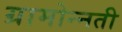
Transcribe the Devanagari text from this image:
ग्रामोन्नती